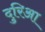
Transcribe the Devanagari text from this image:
दुरिआ